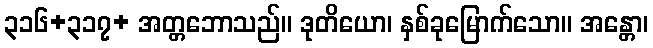
၃၁၆+၃၁၇+ အတ္တဘောသည်။ ဒုတိယော၊ နှစ်ခုမြောက်သော။ အန္တော၊